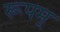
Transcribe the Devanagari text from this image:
रूपम्‌